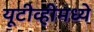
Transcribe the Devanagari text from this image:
यूटीव्हीमध्ये